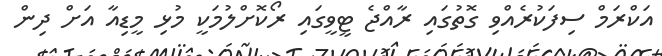
އަކްރަމް ސިފަކުރެއްވި ގޮތުގައި ރާއްޖެ ޓީވީގައި ރޯކޮށްލުމަކީ މުޅި މީޑިއާ އަށް ދިން